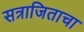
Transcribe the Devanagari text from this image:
सत्राजिताचा